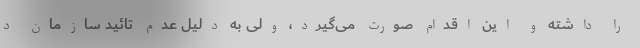
را داشته و این اقدام صورت می‌گیرد، ولی به دلیل عدم تائید سازمان د